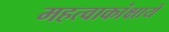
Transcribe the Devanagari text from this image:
महत्वाकांक्षायें